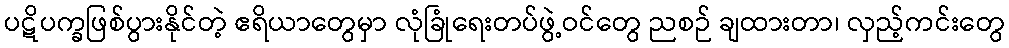
ပဋိပက္ခဖြစ်ပွားနိုင်တဲ့ ဧရိယာတွေမှာ လုံခြုံရေးတပ်ဖွဲ့ဝင်တွေ ညစဉ် ချထားတာ၊ လှည့်ကင်းတွေ